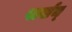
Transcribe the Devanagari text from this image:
पार्सम्